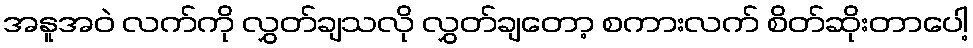
အနူအဝဲ လက်ကို လွှတ်ချသလို လွှတ်ချတော့ စကားလက် စိတ်ဆိုးတာပေါ့